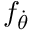
f _ { \dot { \theta } }